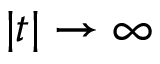
| t | \rightarrow \infty